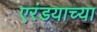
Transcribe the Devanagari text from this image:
एरंडयाच्या